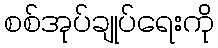
စစ်အုပ်ချုပ်ရေးကို